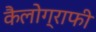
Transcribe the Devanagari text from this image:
कैलोग्राफी